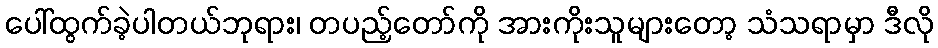
ပေါ်ထွက်ခဲ့ပါတယ်ဘုရား၊ တပည့်တော်ကို အားကိုးသူများတော့ သံသရာမှာ ဒီလို